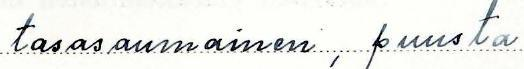
tasasaumainen, puusta